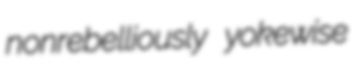
nonrebelliously yokewise